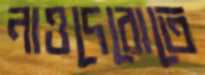
নাওদেরোতে